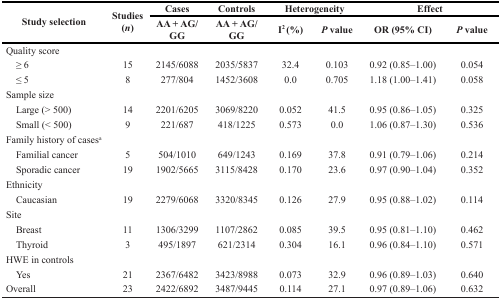
<table><thead><tr><td rowspan="2"><b>Study selection</b></td><td rowspan="2"><b>Studies (<i>n</i>)</b></td><td><b>Cases</b></td><td><b>Controls</b></td><td colspan="2"><b>Heterogeneity</b></td><td colspan="2"><b>Effect</b></td></tr><tr><td><b>AA + AG/GG</b></td><td><b>AA + AG/GG</b></td><td><b>I<sup>2</sup> (%)</b></td><td><b><i>P</i> value</b></td><td><b>OR (95% CI)</b></td><td><b><i>P</i> value</b></td></tr></thead><tbody><tr><td>Quality score</td><td></td><td></td><td></td><td></td><td></td><td></td><td></td></tr><tr><td> ≥ 6</td><td>15</td><td>2145/6088</td><td>2035/5837</td><td>32.4</td><td>0.103</td><td>0.92 (0.85–1.00)</td><td>0.054</td></tr><tr><td> ≤ 5</td><td>8</td><td>277/804</td><td>1452/3608</td><td>0.0</td><td>0.705</td><td>1.18 (1.00–1.41)</td><td>0.058</td></tr><tr><td>Sample size</td><td></td><td></td><td></td><td></td><td></td><td></td><td></td></tr><tr><td> Large (&gt; 500)</td><td>14</td><td>2201/6205</td><td>3069/8220</td><td>0.052</td><td>41.5</td><td>0.95 (0.86–1.05)</td><td>0.325</td></tr><tr><td> Small (&lt; 500)</td><td>9</td><td>221/687</td><td>418/1225</td><td>0.573</td><td>0.0</td><td>1.06 (0.87–1.30)</td><td>0.536</td></tr><tr><td>Family history of cases<sup>a</sup></td><td></td><td></td><td></td><td></td><td></td><td></td><td></td></tr><tr><td> Familial cancer</td><td>5</td><td>504/1010</td><td>649/1243</td><td>0.169</td><td>37.8</td><td>0.91 (0.79–1.06)</td><td>0.214</td></tr><tr><td> Sporadic cancer</td><td>19</td><td>1902/5665</td><td>3115/8428</td><td>0.170</td><td>23.6</td><td>0.97 (0.90–1.04)</td><td>0.352</td></tr><tr><td>Ethnicity</td><td></td><td></td><td></td><td></td><td></td><td></td><td></td></tr><tr><td> Caucasian</td><td>19</td><td>2279/6068</td><td>3320/8345</td><td>0.126</td><td>27.9</td><td>0.95 (0.88–1.02)</td><td>0.114</td></tr><tr><td>Site</td><td></td><td></td><td></td><td></td><td></td><td></td><td></td></tr><tr><td> Breast</td><td>11</td><td>1306/3299</td><td>1107/2862</td><td>0.085</td><td>39.5</td><td>0.95 (0.81–1.10)</td><td>0.462</td></tr><tr><td> Thyroid</td><td>3</td><td>495/1897</td><td>621/2314</td><td>0.304</td><td>16.1</td><td>0.96 (0.84–1.10)</td><td>0.571</td></tr><tr><td>HWE in controls</td><td></td><td></td><td></td><td></td><td></td><td></td><td></td></tr><tr><td> Yes</td><td>21</td><td>2367/6482</td><td>3423/8988</td><td>0.073</td><td>32.9</td><td>0.96 (0.89–1.03)</td><td>0.640</td></tr><tr><td>Overall</td><td>23</td><td>2422/6892</td><td>3487/9445</td><td>0.114</td><td>27.1</td><td>0.97 (0.89–1.06)</td><td>0.632</td></tr></tbody></table>